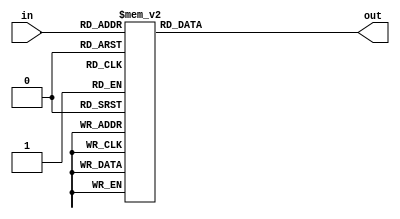
`timescale 1ns / 1ps
//////////////////////////////////////////////////////////////////////////////////
// Company: 
// Engineer: 
// 
// Design Name: 
// Module Name:    SegmentDecoder 
// Project Name: 
// Target Devices: 
// Tool versions: 
// Description: 
//
// Dependencies: 
//
// Revision: 
// Revision 0.01 - File Created
// Additional Comments: 
//
//////////////////////////////////////////////////////////////////////////////////
module SegmentDecoder(in,out);
input [3:0]in;
output reg [6:0] out;

always @ (in) begin
	case(in)
	4'b0000: out = 7'b0000001;            //0
	4'b0001: out = 7'b1001111;            //1
	4'b0010: out = 7'b0010010;
	4'b0011: out = 7'b0000110;
	4'b0100: out = 7'b1001100;
	4'b0101: out = 7'b0100100;
	4'b0110: out = 7'b0100000;
	4'b0111: out = 7'b0001111;
	4'b1000: out = 7'b0000000;
	4'b1001: out = 7'b0000100;
	4'b1010: out = 7'b0001000;
	4'b1011: out = 7'b0000000;
	4'b1100: out = 7'b0110001;
	4'b1101: out = 7'b0000001;
	4'b1110: out = 7'b0110000;
	4'b1111: out = 7'b0111000;
	endcase
	
end
endmodule